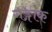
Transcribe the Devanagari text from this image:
गङ्गाक